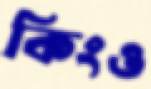
কিংও